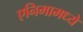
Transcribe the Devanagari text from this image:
एनिमामध्ये